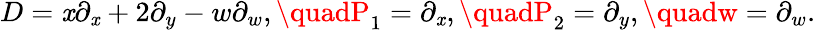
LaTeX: D=\mathit{x}\partial_{\mathit{x}}+2\partial_{y}-w\partial_{w},\quadP_{1}=\partial_{\mathit{x}},\quadP_{2}=\partial_{y},\quadw=\partial_{w}.